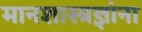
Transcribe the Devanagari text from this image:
मानशास्त्रज्ञांना